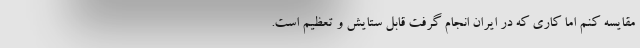
مقایسه کنم اما کاری که در ایران انجام گرفت قابل ستایش و تعظیم است.